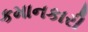
કમાનકારી